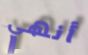
أنهي